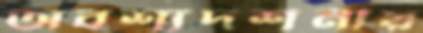
অবশ্যদর্শনীয়